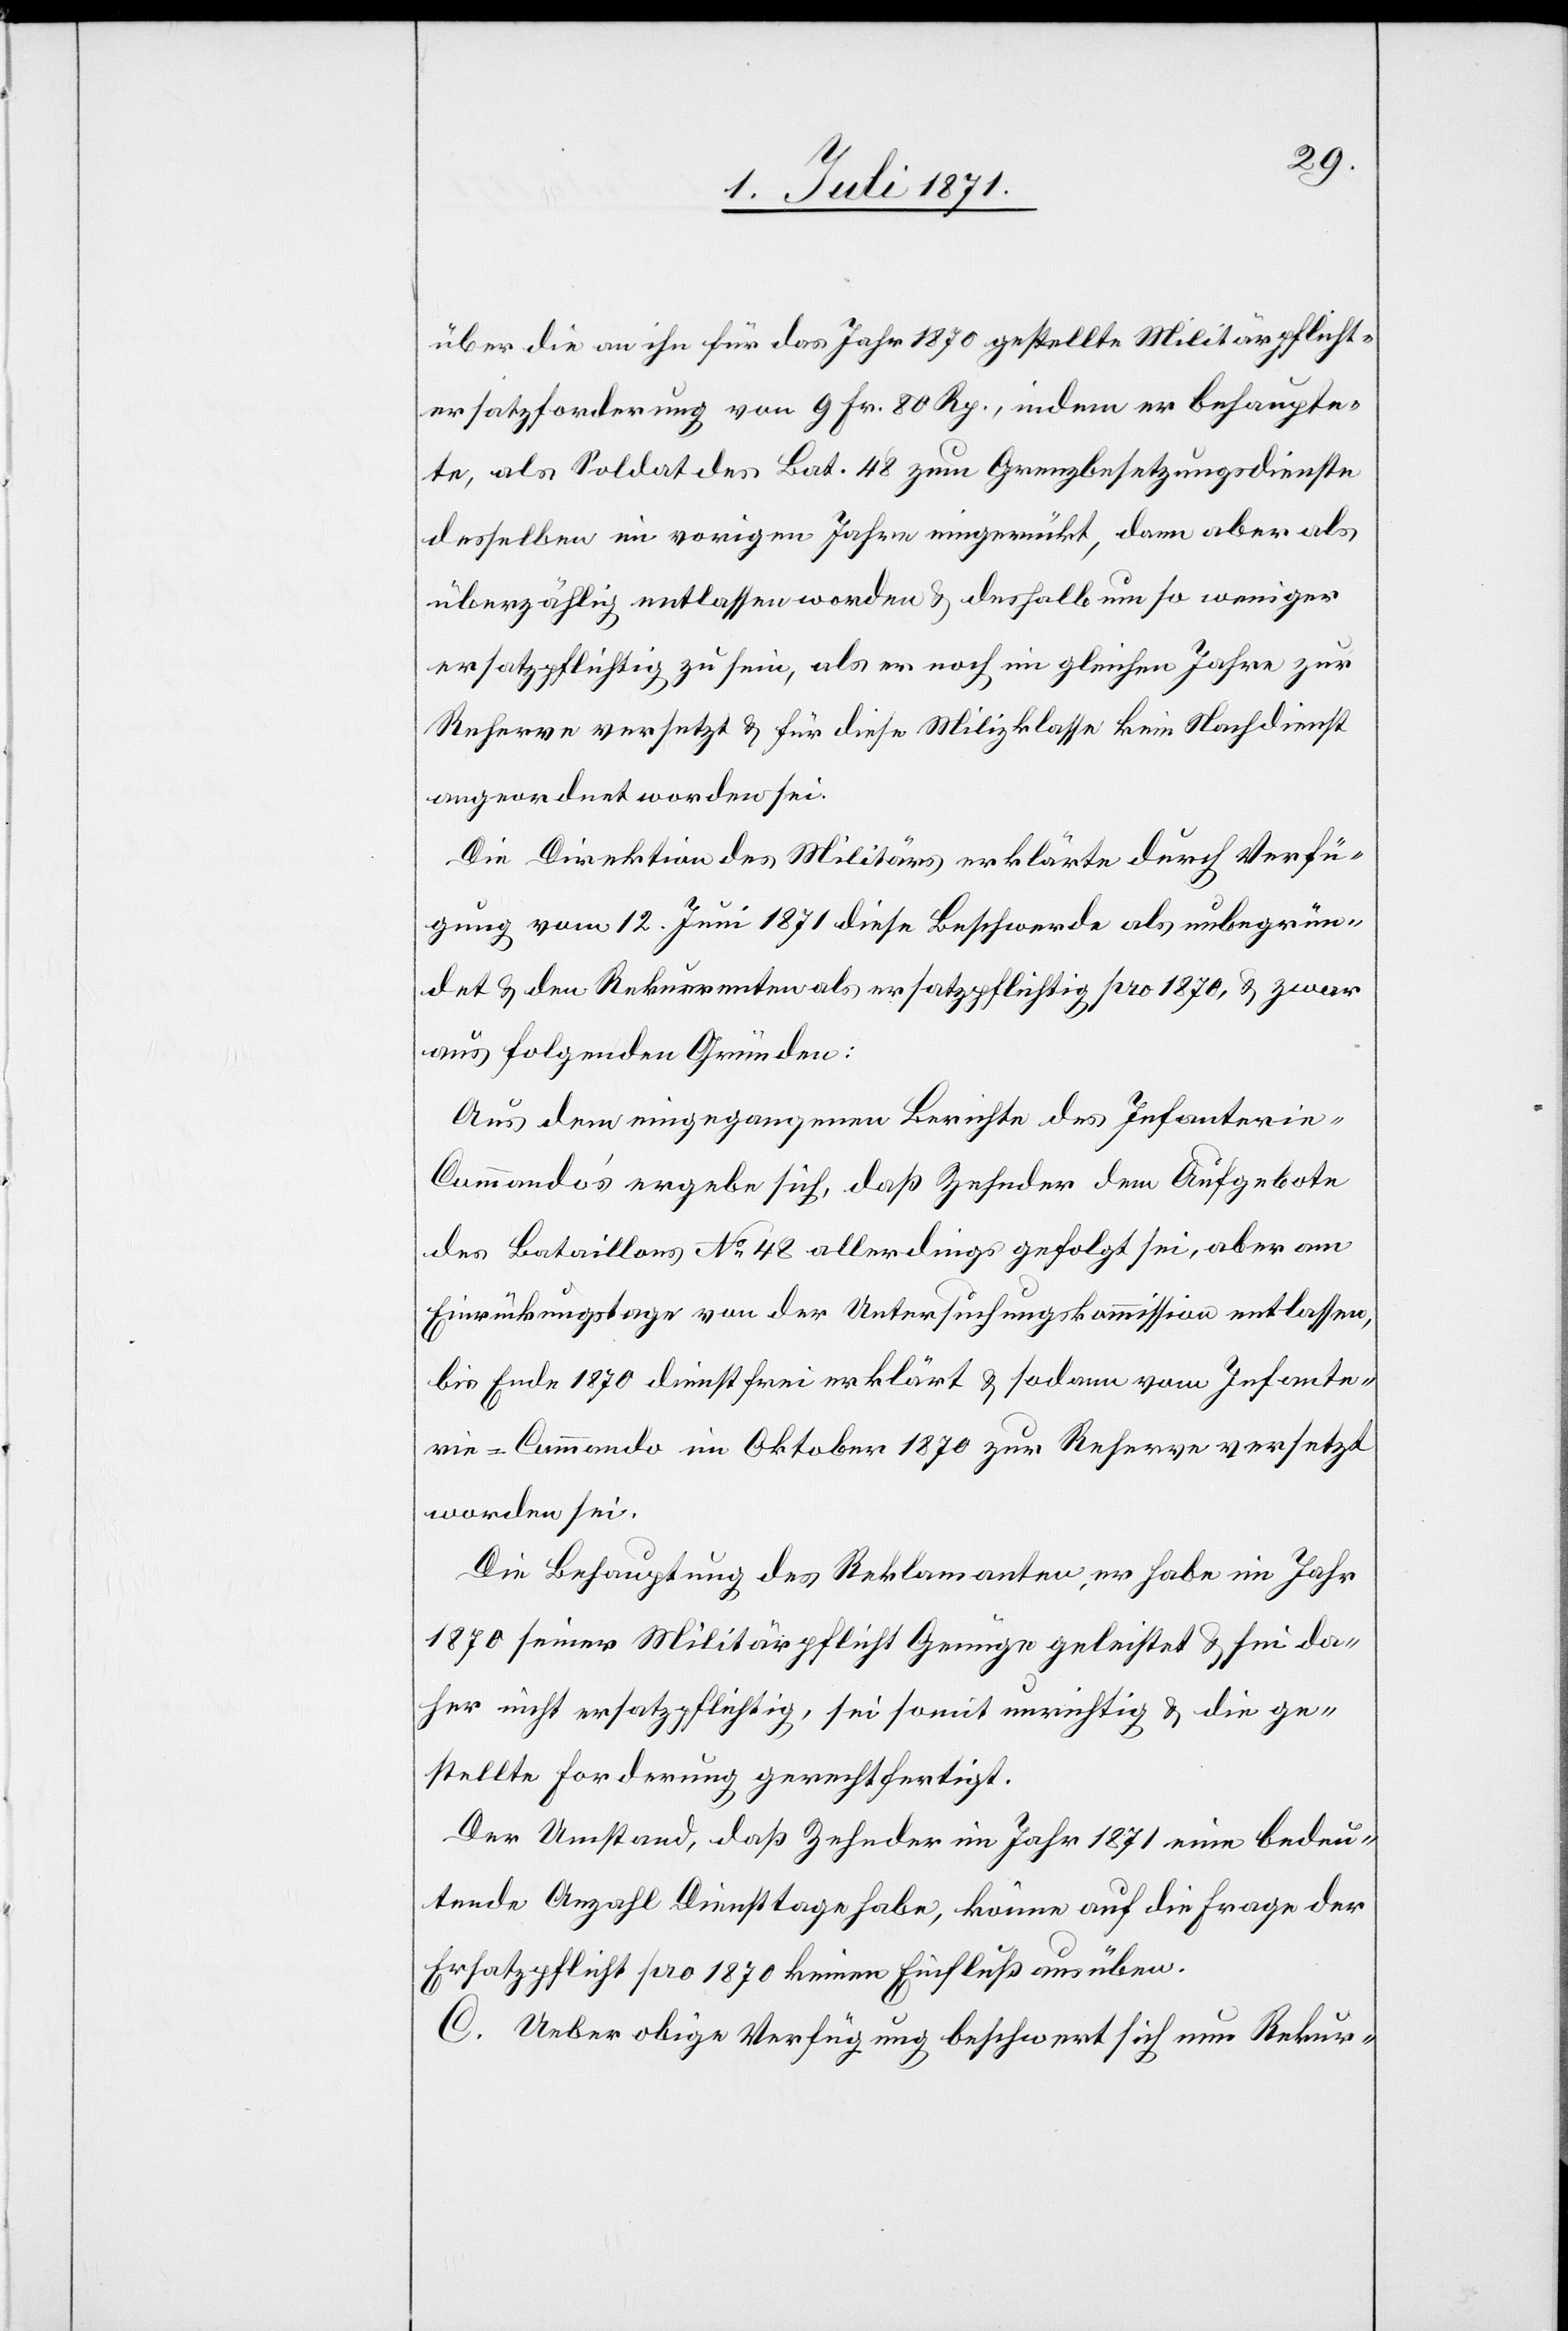
über die an ihn für das Jahr 1870 gestellte Militärpflicht¬
ersatzforderung von 9 Fr. 80 Rp., indem er behaupte¬
te, als Soldat des Bat. 48 zum Grenzbesetzungsdienste
desselben im vorigen Jahre eingerückt, dann aber als
überzählig entlassen worden u. deshalb um so weniger
ersatzpflichtig zu sein, als er noch im gleichen Jahre zur
Reserve versetzt u. für diese Milizklasse kein Nachdienst
angeordnet worden sei.
Die Direktion des Militärs erklärte durch Verfü¬
gung vom 12. Juni 1871 diese Beschwerde als unbegrün¬
det u. den Rekurrenten als ersatzpflichtig pro 1870, u. zwar
aus folgenden Gründen:
Aus dem eingegangenen Berichte des Infanteri¬
e-Commando’s ergebe sich, daß Zehnder dem Aufgebote
des Bataillons No. 48 allerdings gefolgt sei, aber am
Einrückungstage von der Untersuchungskommission entlassen,
bis Ende 1870 dienstfrei erklärt u. sodann vom Infante¬
rie-Commando im Oktober 1870 zur Reserve versetzt
worden sei.
Die Behauptung des Reklamanten, er habe im Jahr
1870 seiner Militärpflicht Genüge geleistet u. sei da¬
her nicht ersatzpflichtig, sei somit unrichtig u. die ge¬
stellte Forderung gerechtfertigt.
Der Umstand, daß Zehnder im Jahr 1871 eine bedeu¬
tende Anzahl Diensttage habe, könne auf die Frage der
Ersatzpflicht pro 1870 keinen Einfluß ausüben.
C. Ueber obige Verfügung beschwert sich nun Rekur-